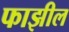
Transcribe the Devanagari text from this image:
फाझील